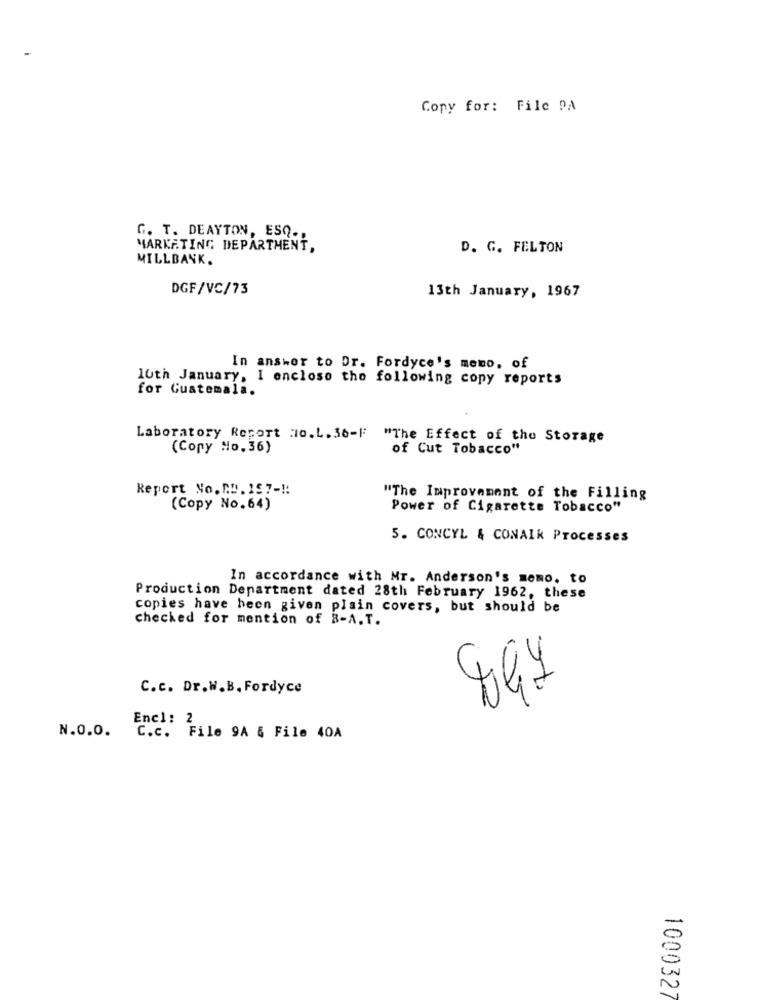
Copy for: File PA
G. T. DEAYTON, ESQ.
MARKETING DEPARTMENT,
D. G. FELTON
MILLBANK.
DGF/VC/73
13th January, 1967
In answer to Dr. Fordyce's memo, of
luth January, I enclose the following copy reports
for Guatemala.
Laboratory Report HO.L.36-F
"The Effect of the Storage
(Copy No. 36)
of Cut Tobacco"
Report No. N.D. 157 -!!
"The Improvement of the Filling
(Copy No.64)
Power of Cigarette Tobacco"
5. CONCYL & CONAIK Processes
In accordance with Mr. Anderson's memo. to
Production Department dated 28th February 1962, these
copies have been given plain covers, but should be
checked for mention of B-A.T.
4
C.c. Dr.W.B. Fordyce
Encl: 2
N.O.O. C.c. File 9A & File 40A
1000327